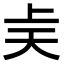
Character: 𫯝